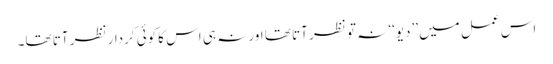
اس عمل میں ’’دیو‘‘ نہ تو نظر آتا تھا اور نہ ہی اس کاکوئی کردار نظر آتا تھا۔